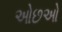
ઓછઓ